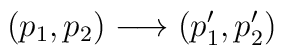
(p_{1},p_{2})\longrightarrow(p'_{1},p'_{2})